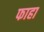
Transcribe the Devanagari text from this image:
फाहा